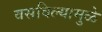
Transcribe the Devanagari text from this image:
वसविल्यामुळे